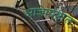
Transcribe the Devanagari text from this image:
आज्ञापत्रात